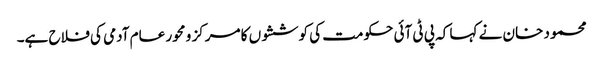
محمود خان نے کہا کہ پی ٹی آئی حکومت کی کوششوں کا مرکز و محور عام آدمی کی فلاح ہے۔